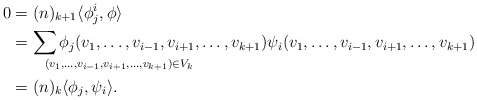
\begin{align*}0 &= (n)_{k+1} \langle \phi_j^i, \phi \rangle\\&= \sum_{\mathrlap{(v_1, \ldots, v_{i-1}, v_{i+1}, \ldots, v_{k+1}) \in V_{k} }} \phi_ j(v_1, \ldots, v_{i-1}, v_{i+1}, \ldots, v_{k+1}) \psi_i (v_1, \ldots, v_{i-1}, v_{i+1}, \ldots, v_{k+1})\\&= (n)_k \langle \phi_ j, \psi_i \rangle.\end{align*}